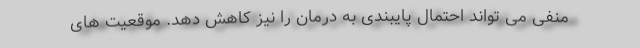
منفی می تواند احتمال پایبندی به درمان را نیز کاهش دهد. موقعیت های